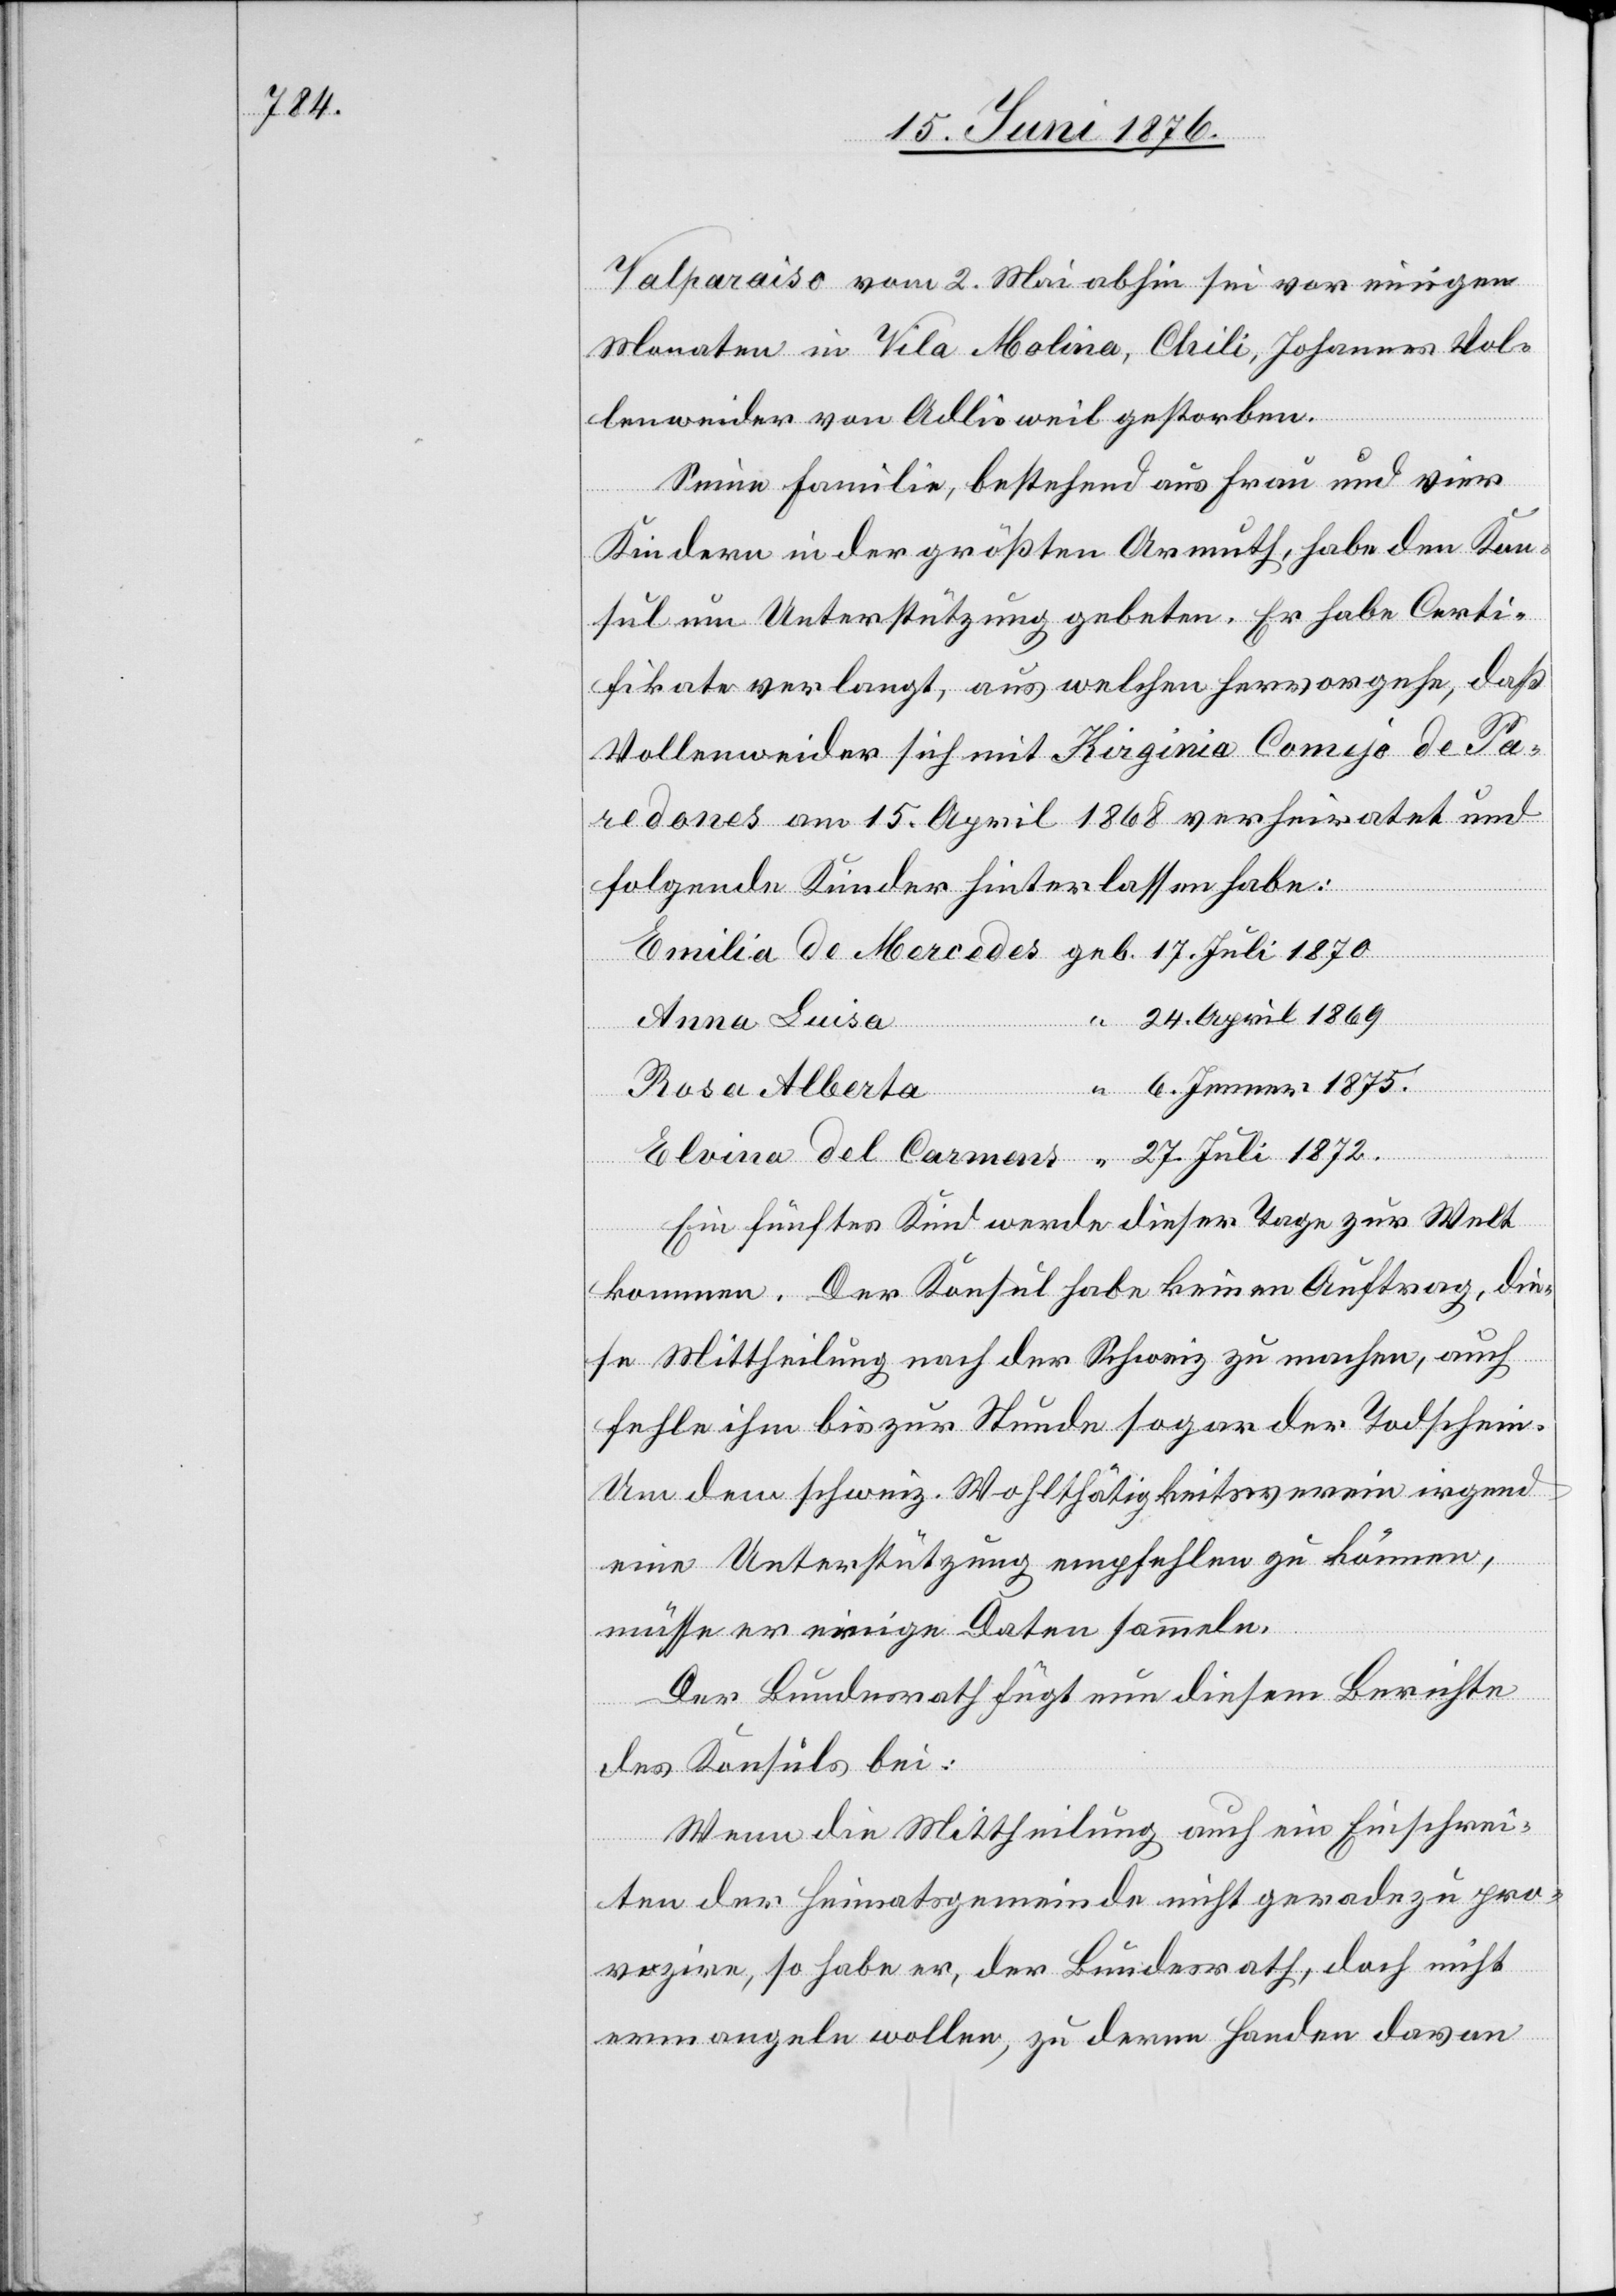
1872.

Valparaiso vom 2. Mai abhin sei vor einigen
Monaten in Vila Molina, Chili, Johannes Vol¬
lenweider von Adlisweil gestorben.
Seine Familie, bestehend aus Frau und vier
Kindern in der größten Armuth, habe den Kon¬
sul um Unterstützung gebeten. Er habe Certi¬
fikate verlangt, aus welchen hervorgehe, daß
Vollenweider sich mit Virginia Comejo de Pa¬
redones am 15. April 1868 verheiratet und
folgende Kinder hinterlassen habe:
24. April 1869
17.
Anna Luisa
6. Jenner 1875.
Rosa Alberta
Carmens
Ein fünftes Kind werde dieser Tage zur Welt
kommen. Der Konsul habe keinen Auftrag, die¬
se Mittheilung nach der Schweiz zu machen, auch
fehle ihm bis zur Stunde sogar der Todschein.
Um dem schweiz. Wohlthätigkeitsverein irgend
eine Unterstützung empfehlen zu können,
müsse er einige Daten sammeln.
Der Bundesrath fügt nun diesem Berichte
des Konsuls bei:
Wenn die Mittheilung auch ein Einschrei¬
ten des Heimatsgemeinde nicht geradezu pro¬
vozire, so habe er, der Bundesrath, doch nicht
ermangeln wollen, zu deren Handen davon